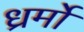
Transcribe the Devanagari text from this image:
ध्रर्मों